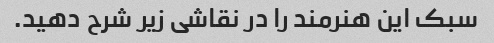
سبک این هنرمند را در نقاشی زیر شرح دهید.